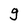
Character: g